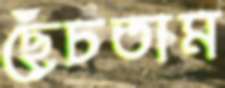
ছেঁচতাম